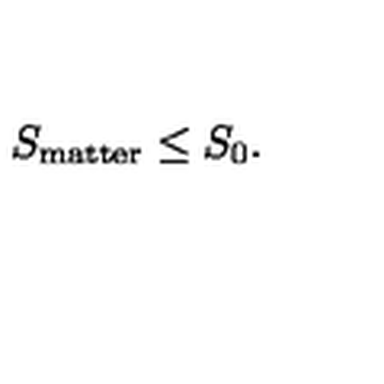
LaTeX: S _ { \mathrm { m a t t e r } } \leq S _ { 0 } .